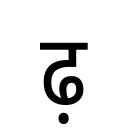
OCR:
ढ़